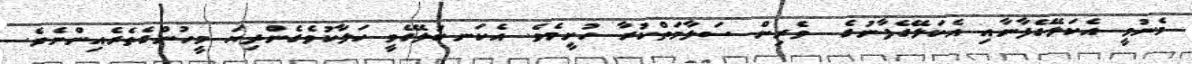
މެނުވީ އެކަލޭގެފާނާއި އެކަލޭގެފާނުގެ  ވެރިން ސަލާމަތްކުރާ ހުށީމެވެ. އެކަނބުލޭގެވީ ހަލާކުވެގެންދިޔަ މީހުންގެތެރެއިންނެވެ.